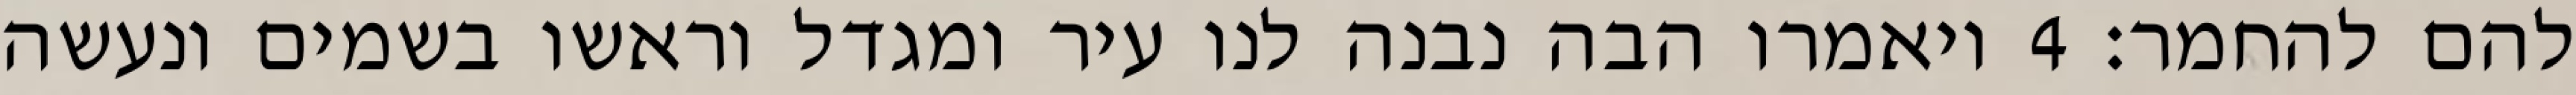
להם להחמר׃ ‎4‏ ויאמרו הבה נבנה לנו עיר ומגדל וראשו בשמים ונעשה